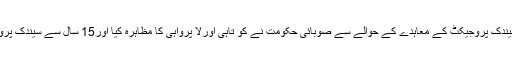
جب تک احتساب کا عمل نہیں ہو تا ا س وقت تک کرپشن ختم نہیں ہو سکتی سیندک پروجیکٹ کے معاہدے کے حوالے سے صوبائی حکومت نے کو تاہی اورلا پرواہی کا مظاہرہ کیا اور15 سال سے سیندک پروجیکٹ میں بلوچستان کو کتنا فائدہ ملا ہے اس کی بھی تحقیقات ہونی چا ہئے ۔